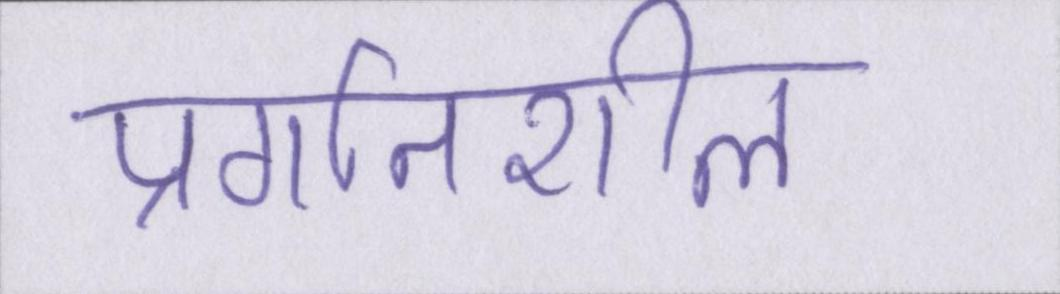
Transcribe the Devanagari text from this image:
प्रगतिशील